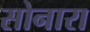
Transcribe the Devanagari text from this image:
सोनारा